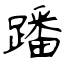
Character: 蹯